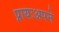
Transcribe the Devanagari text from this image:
प्रायःअपने